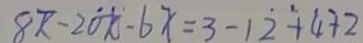
8 x - 2 0 x - 6 x = 3 - 1 \dot { 2 } + 4 + 2